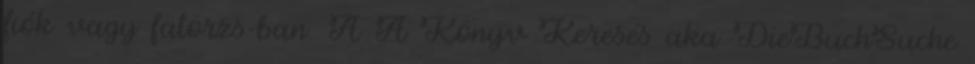
fiók vagy fatörzs-ban. A A Könyv Keresés aka DieBuchSuche